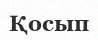
Қосып